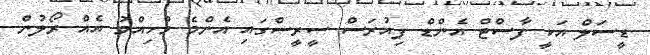
ޑީސަލް އަކީ ފާސްޓް އެންޑް ފިއުރަސް ސީރީސްގައި އެންމެ މުހިއްމު އެއް ރޯލުން